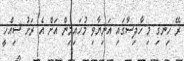
ރޭ ހިނގި މި ހާދިސާގައި އަނިޔާވި މުހައިމިން އަށް އެ ރަށު ސިއްހީ